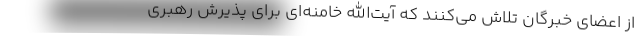
از اعضای خبرگان تلاش می‌کنند که آیت‌الله خامنه‌ای برای پذیرش رهبری